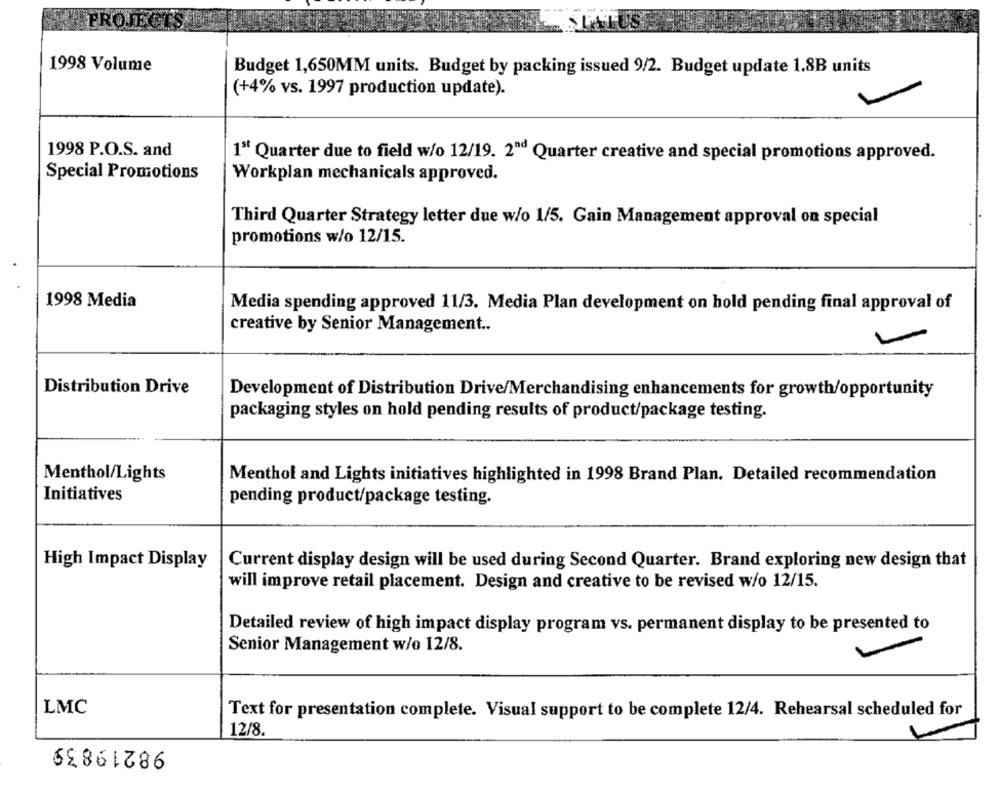
1998 Volume
Budget 1,650MM units. Budget by packing issued 9/2. Budget update 1.8B units
(+4% vs. 1997 production update).
1998 P.O.S. and
1" Quarter due to field w/o 12/19. 2"d Quarter creative and special promotions approved.
Special Promotions
Workplan mechanicals approved.
Third Quarter Strategy letter due w/o 1/5. Gain Management approval on special
promotions w/o 12/15.
1998 Media
Media spending approved 11/3. Media Plan development on hold pending final approval of
creative by Senior Management ..
Distribution Drive
Development of Distribution Drive/Merchandising enhancements for growth/opportunity
packaging styles on hold pending results of product/package testing.
Menthol/Lights
Menthol and Lights initiatives highlighted in 1998 Brand Plan. Detailed recommendation
Initiatives
pending product/package testing.
High Impact Display
Current display design will be used during Second Quarter. Brand exploring new design that
will improve retail placement. Design and creative to be revised w/o 12/15.
Detailed review of high impact display program vs. permanent display to be presented to
Senior Management w/o 12/8.
LMC
Text for presentation complete. Visual support to be complete 12/4. Rehearsal scheduled for
12/8.
98219839